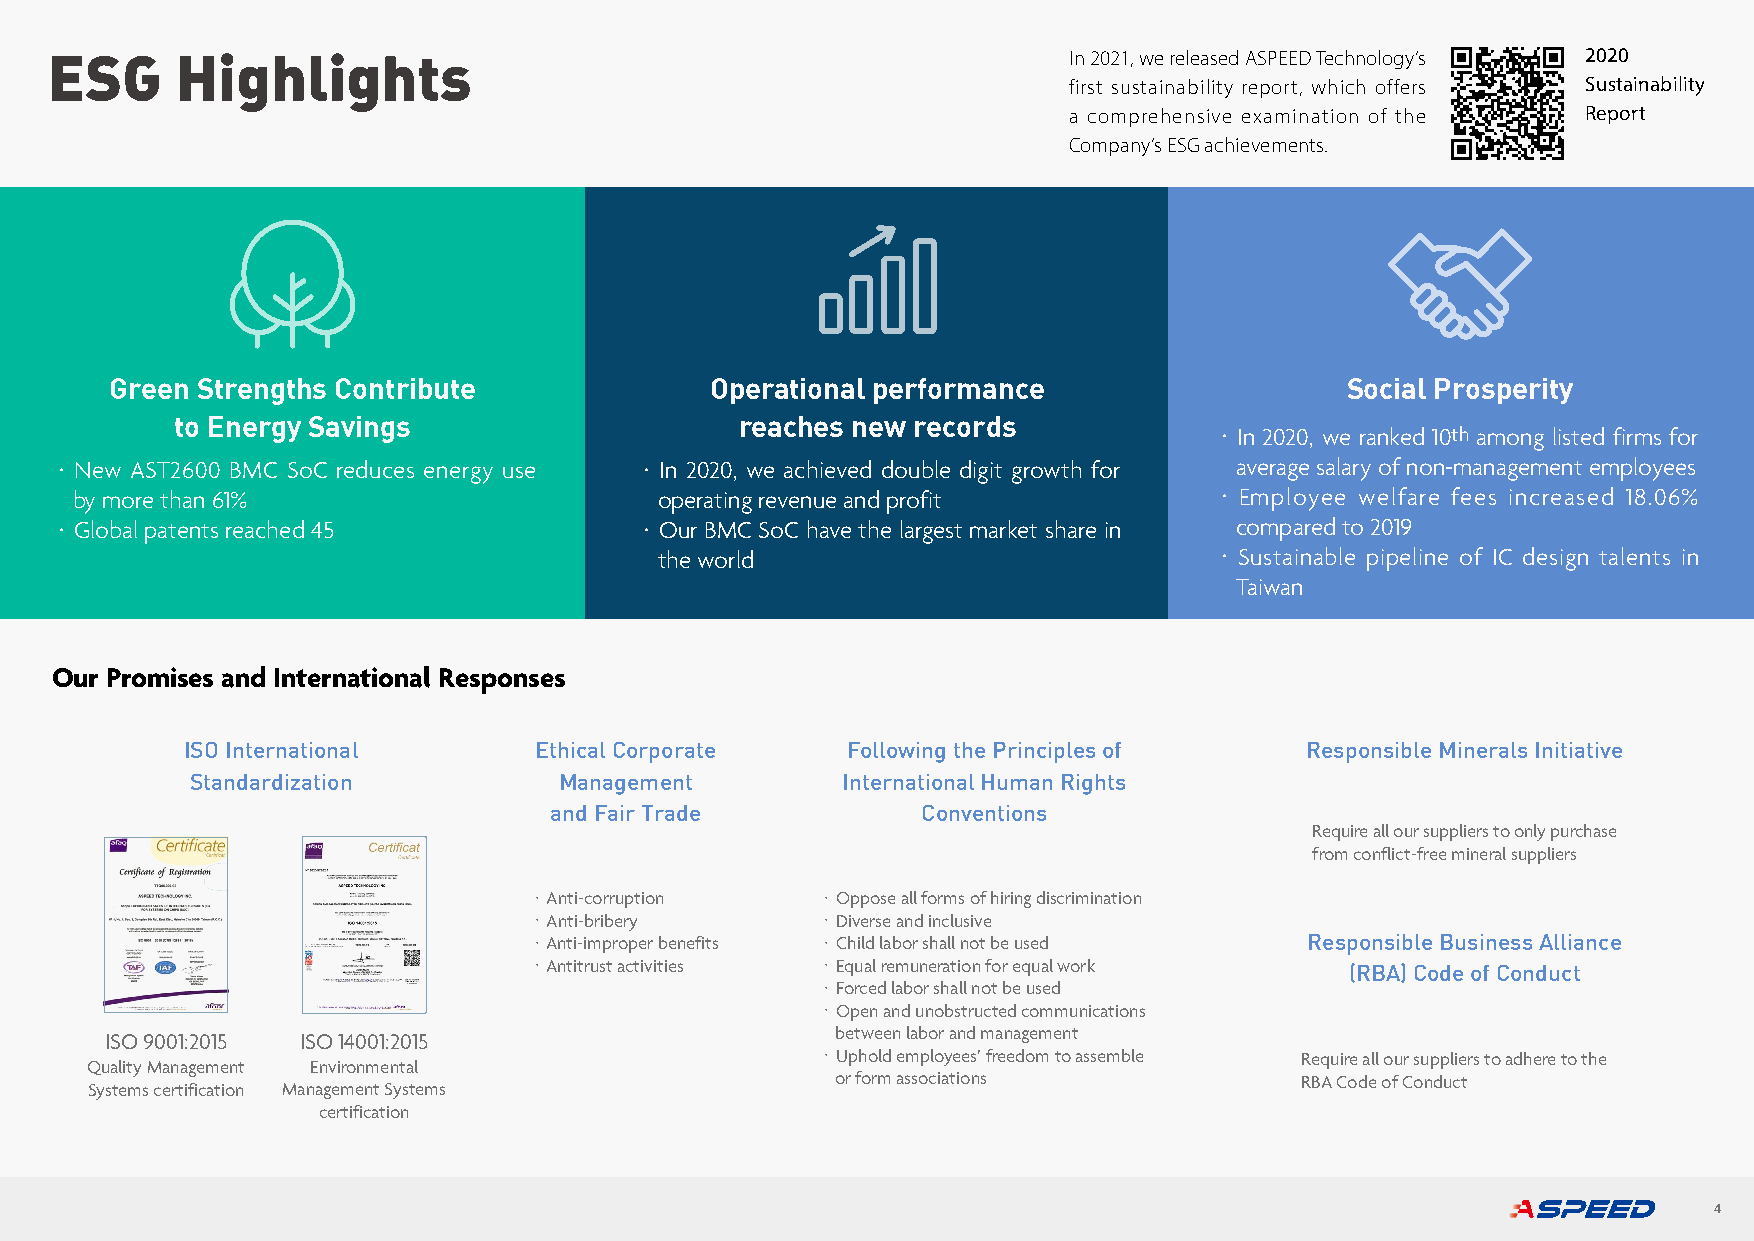
ESG      Highlights                                                 In 2021, we released ASPEED Technology’s 2020
 first sustainability report, which offers Sustainability
 a comprehensive examination of the Report
 Company’s ESG achievements.
 Green Strengths Contribute              Operational performance                   Social Prosperity
 to Energy Savings                    reaches new records
 ・In 2020, we ranked 10th among listed firms for
 ・New  AST2600 BMC SoC reduces energy use ・In 2020, we achieved double digit growth for average salary of non-management employees
 by more than 61%                       operating revenue and profit        ・Employee welfare fees increased 18.06%
 ・Global patents reached 45             ・Our BMC SoC have the largest market share in compared to 2019
 the world                           ・Sustainable pipeline of IC design talents in
 Taiwan
 Our Promises and International Responses
 ISO International      Ethical Corporate    Following the Principles of   Responsible Minerals Initiative
 Standardization         Management         International Human Rights
 and Fair Trade           Conventions
 Require all our suppliers to only purchase
 from conflict-free mineral suppliers
 ・Anti-corruption   ・Oppose all forms of hiring discrimination
 ・Anti-bribery      ・Diverse and inclusive
 ・Anti-improper benefits ・Child labor shall not be used Responsible Business Alliance
 ・Antitrust activities ・Equal remuneration for equal work (RBA) Code of Conduct
 ・Forced labor shall not be used
 ・Open and unobstructed communications
 between labor and management
 ISO 9001:2015 ISO 14001:2015
 ・Uphold employees’ freedom to assemble Require all our suppliers to adhere to the
 Quality Management Environmental
 or form associations           RBA Code of Conduct
 Systems certification Management Systems
 certification
 4